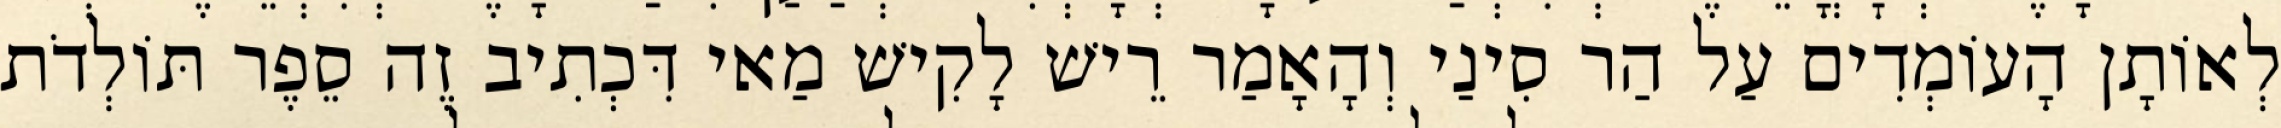
לְאוֹתָן הָעוֹמְדִים עַל הַר סִינַי וְהָאָמַר רֵישׁ לָקִישׁ מַאי דִּכְתִיב זֶה סֵפֶר תּוֹלְדֹת